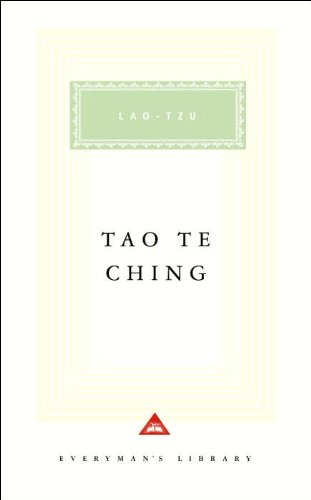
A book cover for Tao Te Ching (text only) by L. Tzu,D.C. Lau; D.C. Lau L. Tzu; Religion & Spirituality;